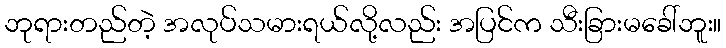
ဘုရားတည်တဲ့ အလုပ်သမားရယ်လို့လည်း အပြင်က သီးခြားမခေါ်ဘူး။